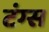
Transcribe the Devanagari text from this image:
टंग्स